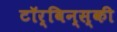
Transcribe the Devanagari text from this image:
टॉर्बिन्स्की